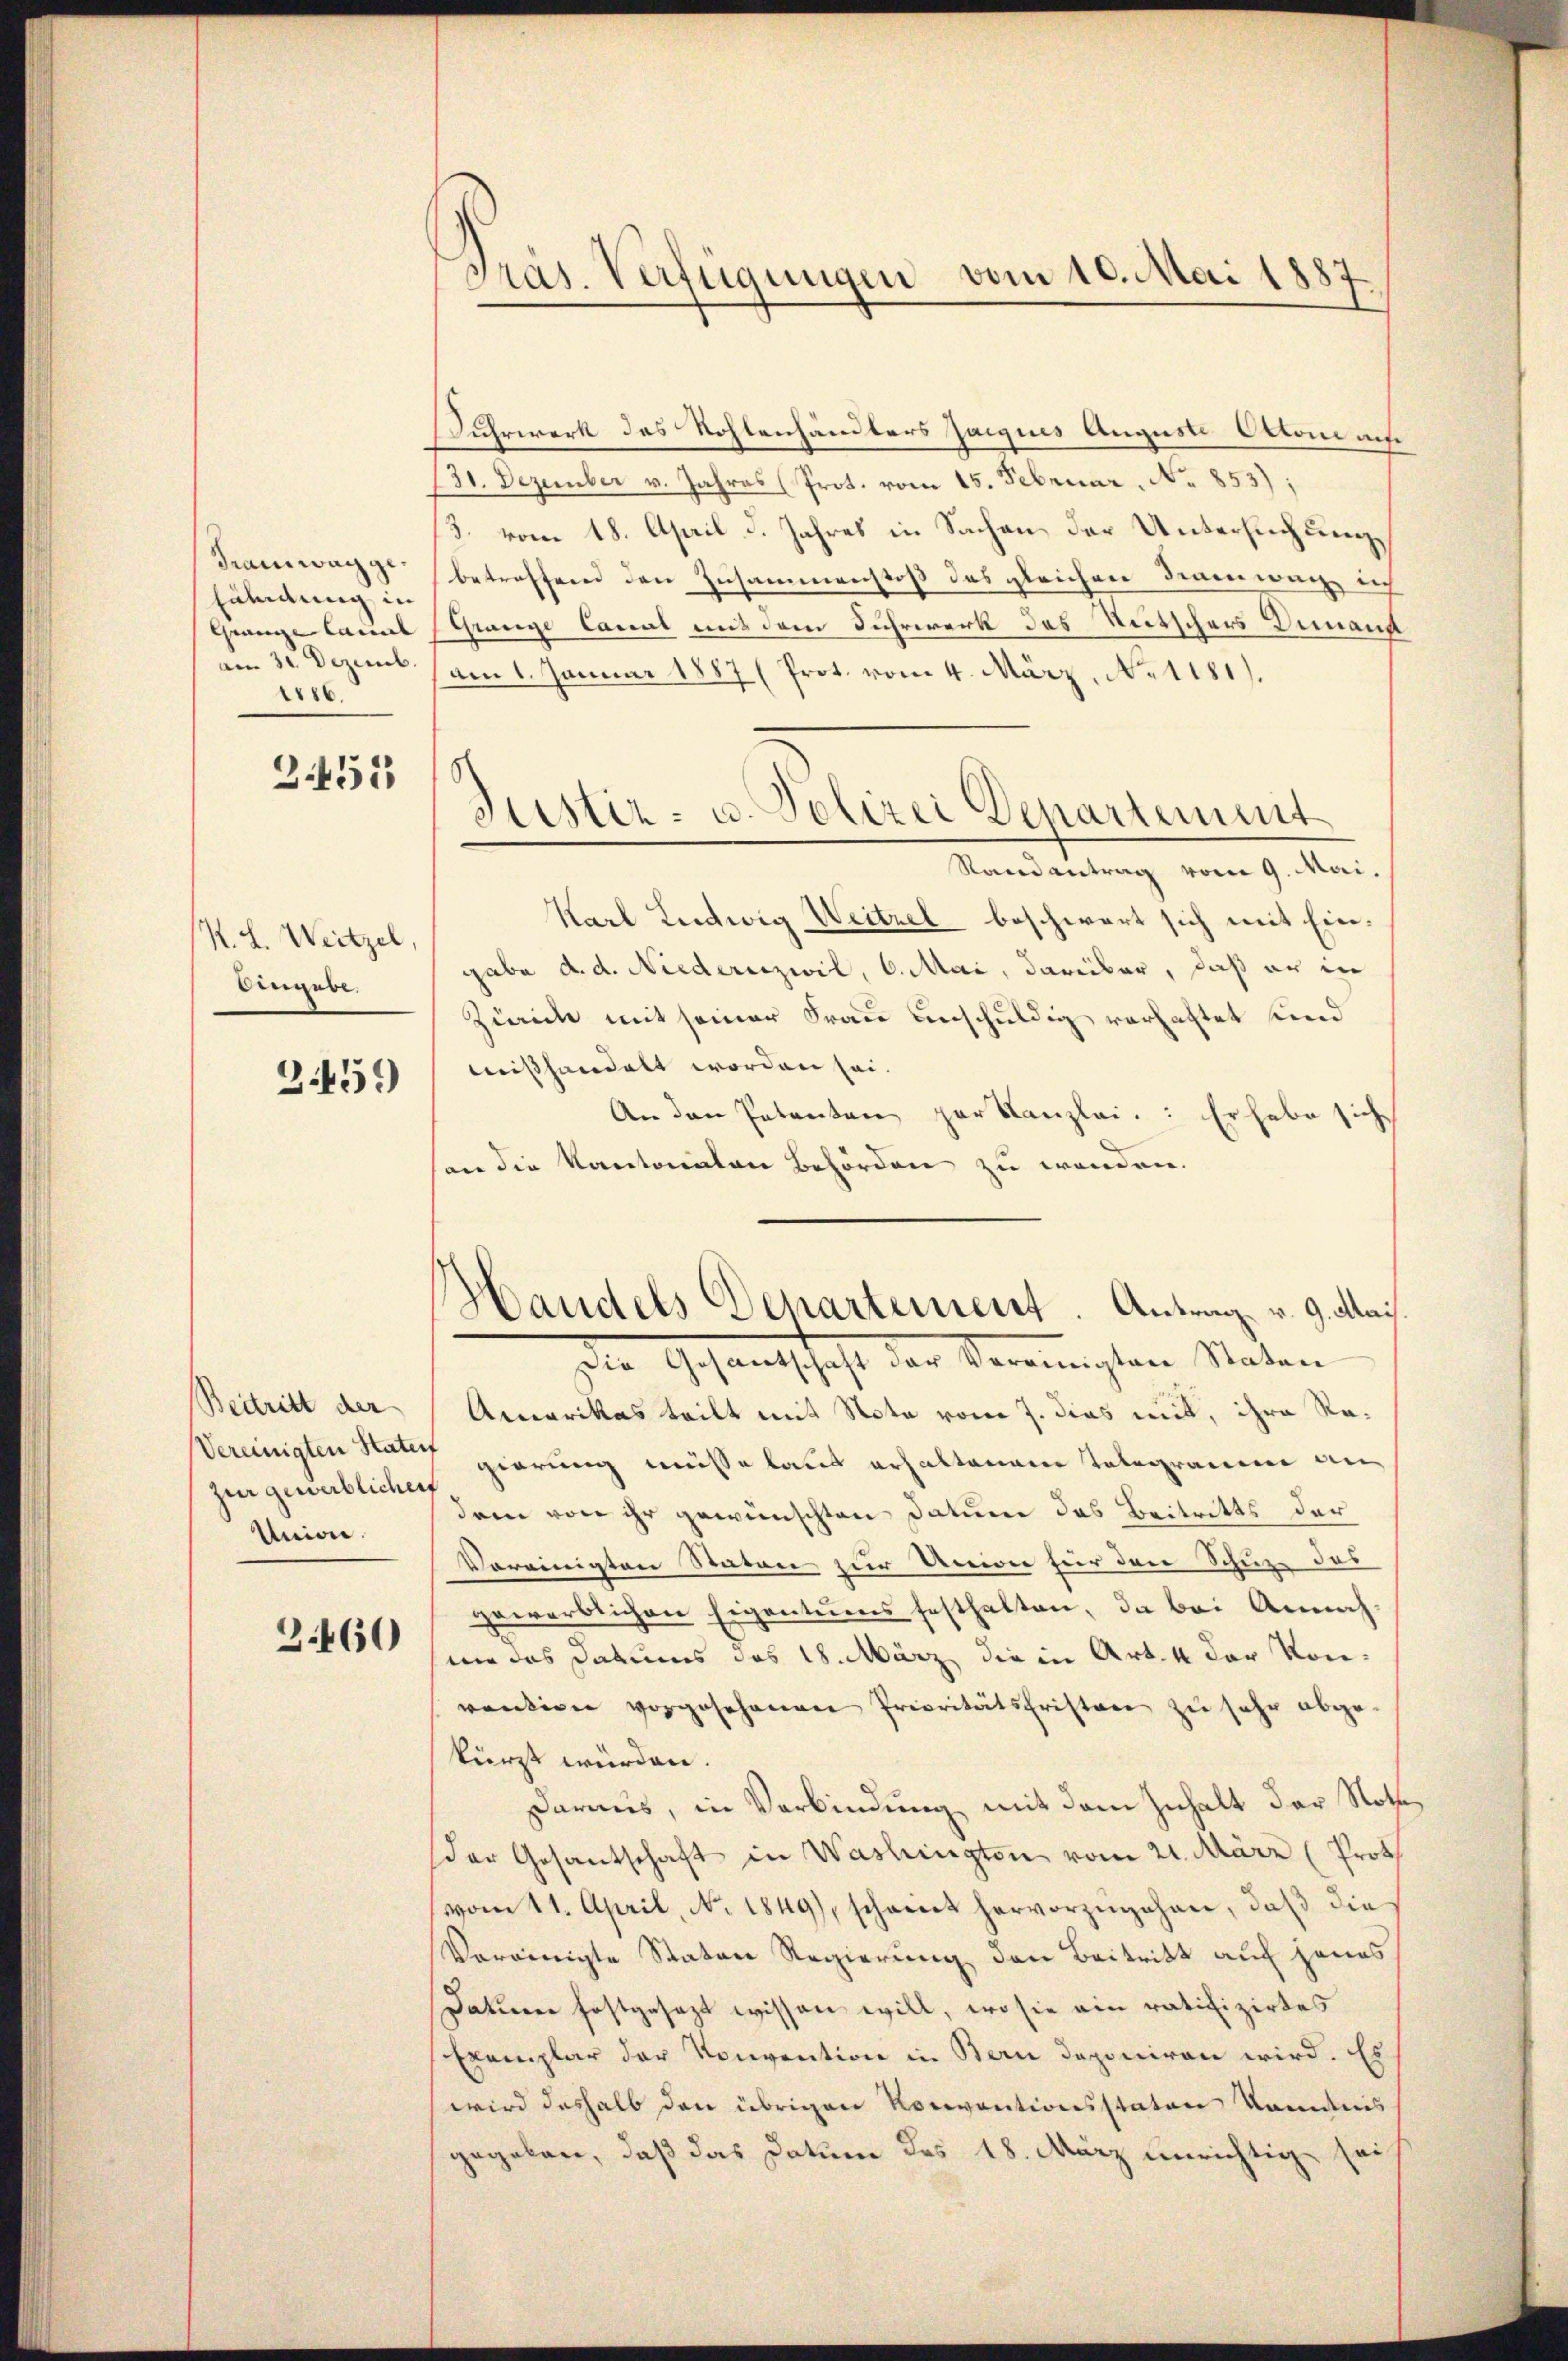
dramwage.
lähmung in
Gränze Canal
am 30. Dezemb
186.

3.452

K. L. Weitzel,
Angebe.

2459)

Beitritt der
Vereinigten Staten
zur gewerblichen
Unione.

3460

Präs. Verfügungen vom 10. Mai 1887.

Suhrwerk des Wohlenhändlers Jacquis August Otto auf
131. Dezember v. Jahres (Prot. vom 15. Februar, No 853);
/3. vom 18. April d. Jahres in Sachen der Untersuchungs
betreffend den Zusammenstoß das gleichen Deinenweg, ich
Granze Canal mit dem Fuhrwerk des Reitschers Dienann
am 1. Januar 1887 (Prot. vom 4. März. No 1181).
Randantrag vom 9. Mai,
Karl Ludwig Weitzel beschwert sich mit Eingabe d. d. Niederuzwil, 6. Mai, darüber, daß er in
Zürich mit seiner Frau einschuldig verhaltet sind
mißhandelt worden sei.
An den Petenten par Kanzlei.: Er habe sich
son die Kantonalen Behörden zu werden.
Handels Departement. Antrag v. 9. Mai
Die Gesandtschaft der Vereinigten Staten
Amerikas teilt mit Note vom 7. dies mit, ihre Regierung müsse laut erhaltenem Telegramm an
dem von ihr gewünschten Datum das Beitritts der
Vereinigten Staten zur Union für den Schutz des
gewerblichen Eigentums festhalten, da bei Annah
nie das Datums des 18. März die in Art. 4 der Konvendiger vorgesehenen Prioritätsfristen zu sehr abge-
kürzt würden.
daraus, in Verbindung mit dem Inhalt der Noth
der Gesantschaft in Washington vom 21. März (Prot
vom 11. April, No. 1849), scheint hervorzŭgehen, daβ die
Vereinigte Staten Regierung den Beitritt auf jenes
Datum festgesezt wissen will, wo sie ein ratifizirtes
Exemplar der Konvention in Bern deponiren wird. Es
wird deshalb den übrigen Konventionsstaten kanntnis
gegeben, daß das Datum des 18. März unerichtig sei

Justiz- u. Polizei Denartement